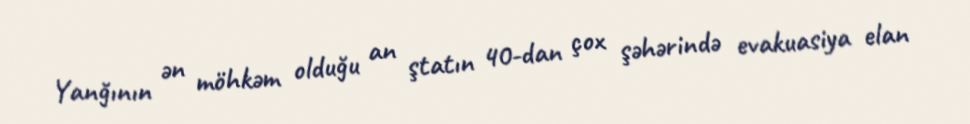
Yanğının ən möhkəm olduğu an ştatın 40-dan çox şəhərində evakuasiya elan